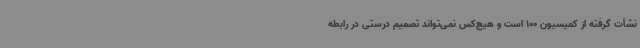
نشأت گرفته از کمیسیون 100 است و هیچ‌کس نمی‌تواند تصمیم درستی در رابطه